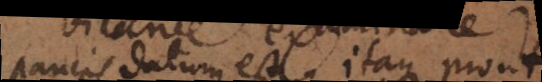
paucis datum est. Itaque prout